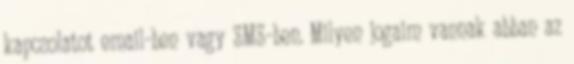
kapcsolatot email-ben vagy SMS-ben. Milyen jogaim vannak abban az